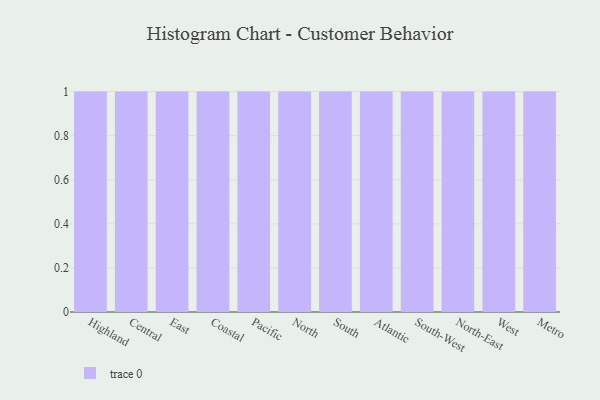
{"axis": {"x": "Region", "y": "LTV (USD)"}, "legend": [""], "data": [{"x": "Highland", "y": 21, "type": ""}, {"x": "Central", "y": 4, "type": ""}, {"x": "East", "y": 96, "type": ""}, {"x": "Coastal", "y": 99, "type": ""}, {"x": "Pacific", "y": 2, "type": ""}, {"x": "North", "y": 93, "type": ""}, {"x": "South", "y": 69, "type": ""}, {"x": "Atlantic", "y": 11, "type": ""}, {"x": "South-West", "y": 88, "type": ""}, {"x": "North-East", "y": 98, "type": ""}, {"x": "West", "y": 48, "type": ""}, {"x": "Metro", "y": 28, "type": ""}]}